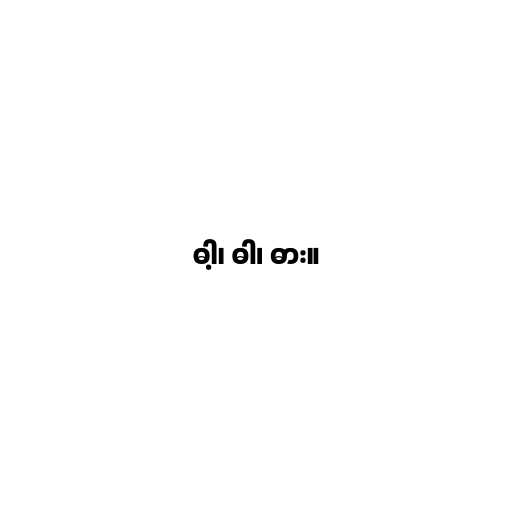
ဓါ့၊ ဓါ၊ ဓား။